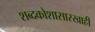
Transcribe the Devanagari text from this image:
शब्दकोशासारखाही